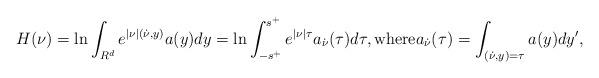
LaTeX: \begin{align*}H(\nu)=\ln\int_{R^d}e^{|\nu|(\dot{\nu},y)}a(y)dy=\ln\int_{-s^+}^{s^+}e^{|\nu|\tau}a_{\dot{\nu}}(\tau)d\tau, {\rm where} a_{\dot{\nu}}(\tau)=\int_{(\dot{\nu},y)=\tau}a(y)dy',\end{align*}